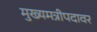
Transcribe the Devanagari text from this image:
मुख्यमत्रीपदावर